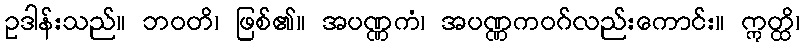
ဥဒါန်းသည်။ ဘဝတိ၊ ဖြစ်၏။ အပဏ္ဏကံ၊ အပဏ္ဏကဝဂ်လည်းကောင်း။ ဣတ္ထိ၊